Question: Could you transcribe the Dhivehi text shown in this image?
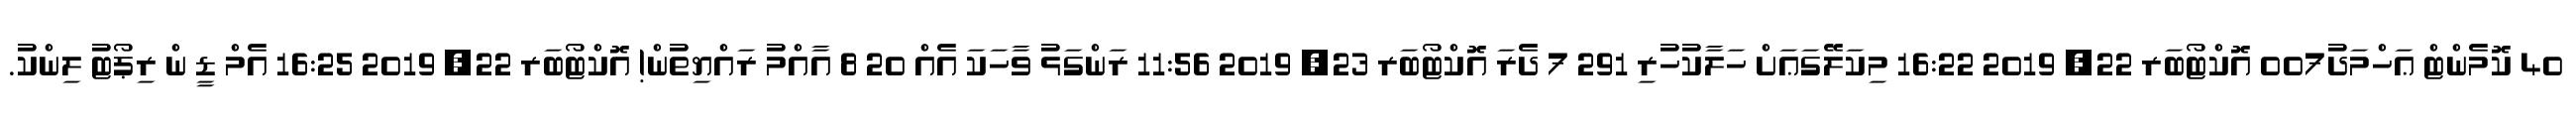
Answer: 40 ކޮމެންޓް ޢަހްމަދު007 އޮކްޓޯބަރ 22, 2019 16:22 މިކަލޭގަޢަށް ހަލާކުހުރި 291 7 ދެރަ އޮކްޓޯބަރ 23, 2019 11:56 ރަންގަޅު ވާހަކަ އެއް 20 8 އާއްމު ރައްޔިތުން! އޮކްޓޯބަރ 22, 2019 16:25 އެމް ޑީ ން ރިޕޯޓު ލިންކު.